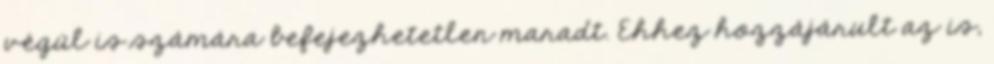
végül is számára befejezhetetlen maradt. Ehhez hozzájárult az is,